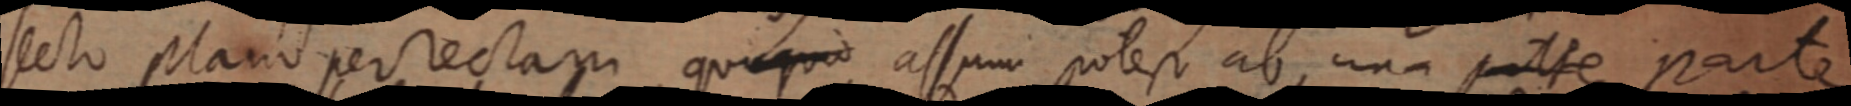
sectio plano per rectam, quaquod assumi potest ab una partre parte